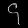
Digit: ၄